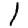
Digit: 1